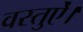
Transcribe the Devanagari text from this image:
वस्तुऐं।